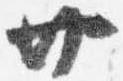
廿